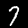
Label: 7